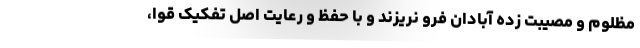
مظلوم و مصیبت زده آبادان فرو نریزند و با حفظ و رعایت اصل تفکیک قوا،